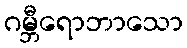
ဂမ္ဘီရောဘာသော